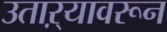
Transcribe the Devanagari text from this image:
उताऱ्यावरून